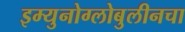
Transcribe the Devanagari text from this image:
इम्युनोग्लोबुलीनचा